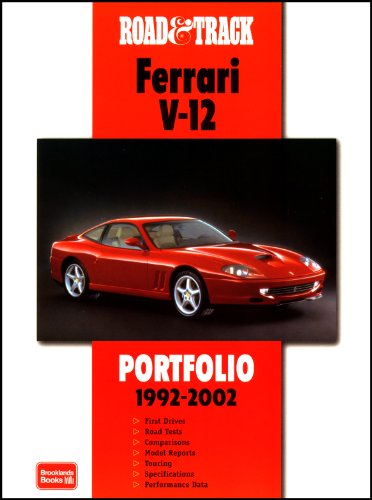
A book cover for Road & Track Ferrari V-12 Portfolio 1992-2002; R.M. Clarke; Engineering & Transportation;